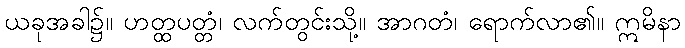
ယခုအခါ၌။ ဟတ္ထပတ္တံ၊ လက်တွင်းသို့။ အာဂတံ၊ ရောက်လာ၏။ ဣမိနာ